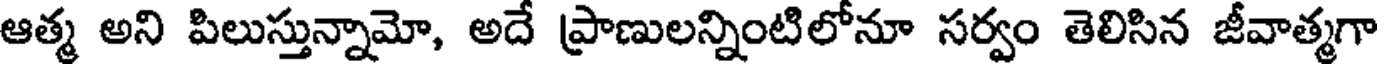
ఆత్మ అని పిలుస్తున్నామో, అదే ప్రాణులన్నింటిలోనూ సర్వం తెలిసిన జీవాత్మగా